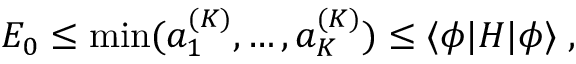
E _ { 0 } \le \mathrm { m i n } ( a _ { 1 } ^ { ( K ) } , \ldots , a _ { K } ^ { ( K ) } ) \le \langle \phi | H | \phi \rangle \; ,